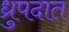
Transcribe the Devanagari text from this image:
ध्रुपदात